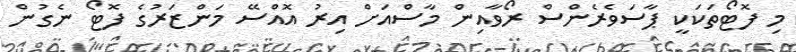
މި ފޮޓޯތަކަކީ ޕާސަވެރެންސް ރޯވާއިން މާސްއަށް އިރު އޮއްސޭ މަންޒަރުގެ ފޮޓޯ ނެގުން